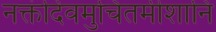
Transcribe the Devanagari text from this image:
नक्तंदिवमुचितमीशानि